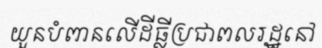
យួនបំពានលើដីធ្លីប្រជាពលរដ្ឋនៅ